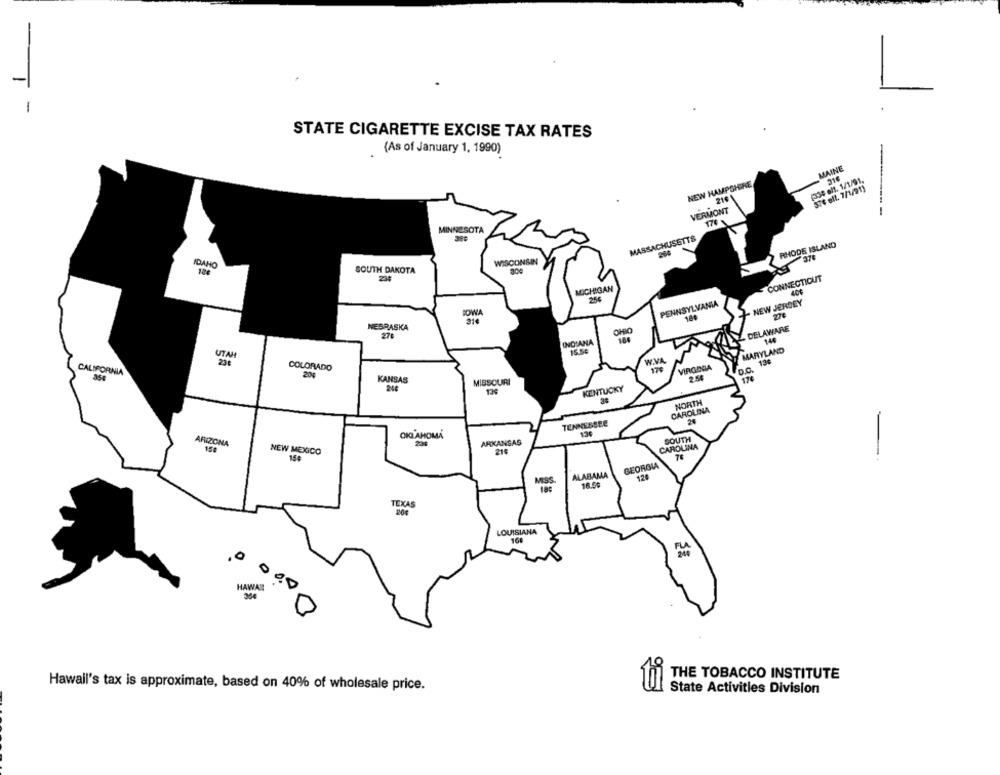
STATE CIGARETTE EXCISE TAX RATES
(As of January 1, 1990)
MAINE
1334 el. 1/1/91.
NEW HAMPSHIRE
576 elt. 7/1/91)
VERMONT
-
170
MINNESOTA
MASSACHUSETTS
260
RHODE ISLAND
378
IDAHO
WISCONSIN
SOUTH DAKOTA
CONNECTICUT
MICHIGAN
254
PENNSYLVANIA
NEW JERSEY
IOWA
180
NEBRASKA
DELAWARE
270
INDIANA
146
16.54
MARYLAND
UTAH
23
W.VA
VIRODDA
13c
CALIFORNIA
COLORADO
204
179
D.C.
KANSAS
MISSOURI
2.56
170
24
KENTUCKY
13€
NORTH
CAROLINA
TENNESSEE
OKLAHOMA
ARIZONA
ARKANSAS
SOUTH
154
215
CAROLINA
NEW MEXICO
154
GEORGIA
ALABAMA
120
TEXAS
LOUISIANA
16
0
HAWAI
000
THE TOBACCO INSTITUTE
Hawall's tax is approximate, based on 40% of wholesale price.
ti
State Activities Division